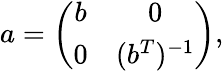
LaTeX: a=\left(\begin{array}{cc}{{b}}&{{0}}\\ {{0}}&{{(b^{T})^{-1}}}\end{array}\right),